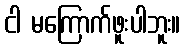
ငါ မကြောက်ဖူးပါဘူး။